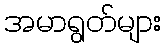
အမာရွတ်များ